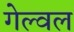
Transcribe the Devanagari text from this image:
गेल्वल